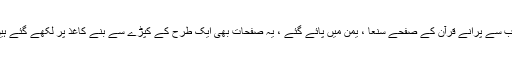
سب سے پرانے قرآن کے صفحے سنعا ، یمن میں پائے گئے ، یہ صفحات بھی ایک طرح کے کپڑے سے بنے کاغذ پر لکھے گئے ہیں۔